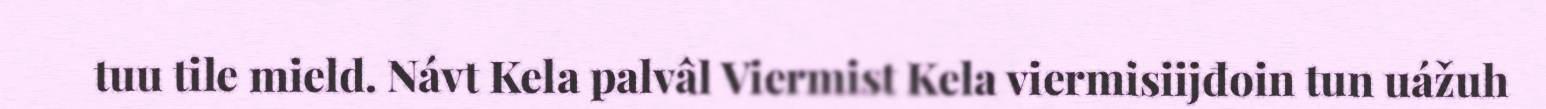
tuu tile mield. Návt Kela palvâl Viermist Kela viermisiijđoin tun uážuh